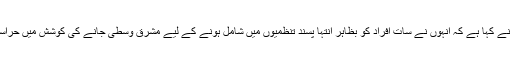
آسٹریلیا کے حکام نے کہا ہے کہ انہوں نے سات افراد کو بظاہر انتہا پسند تنظمیوں میں شامل ہونے کے لیے مشرق وسطیٰ جانے کی کوشش میں حراست میں لے لیا ہے۔